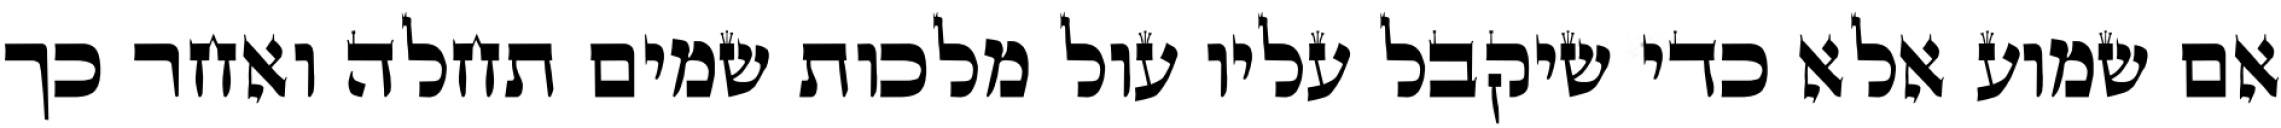
אם שמוע אלא כדי שיקבל עליו עול מלכות שמים תחלה ואחר כך